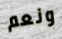
ونعم